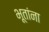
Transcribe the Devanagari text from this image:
भूतांना